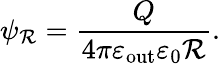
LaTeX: \psi_{\mathcal{R}}=\frac{{Q}}{{4\pi\varepsilon_{\mathrm{{out}}}\varepsilon_{0}\mathcal{R}}}.